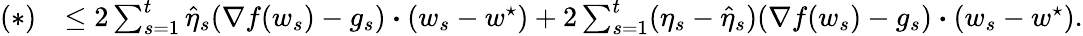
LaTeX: \begin{array}{rl}{(*)}&{\leq 2\sum_{s=1}^{t}\hat{\eta}_{s}(\nabla f(w_{s})-g_{s})\boldsymbol{\cdot}(w_{s}-w^{\star})+2\sum_{s=1}^{t}(\eta_{s}-\hat{\eta}_{s})(\nabla f(w_{s})-g_{s})\boldsymbol{\cdot}(w_{s}-w^{\star}).}\end{array}